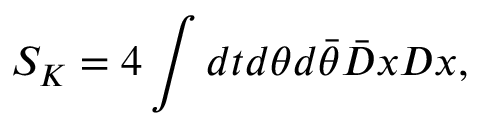
S _ { K } = 4 \int d t d \theta d \bar { \theta } \bar { D } x D x ,